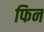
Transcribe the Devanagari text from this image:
फिन